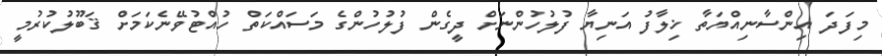
މިފަދަ އިންސާނިއްޔަތާ ޚިލާފު އަނިޔާ ފުލުހުންނަށް ދީގެން ފުލުހުންގެ މަސައްކަތް ހުއްޓުވޭނެކަމަށް ޤަބޫލުކުރުމީ